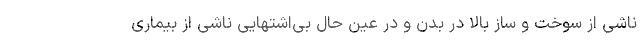
ناشی از سوخت و ساز بالا در بدن و در عین حال بی‌اشتهایی ناشی از بیماری